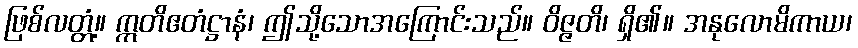
ဖြစ်လတ္တံ့။ ဣတိဧတံဋ္ဌာနံ၊ ဤသို့သောအကြောင်းသည်။ ဝိဇ္ဇတိ၊ ရှိ၏။ အနုလောမိကာယ၊